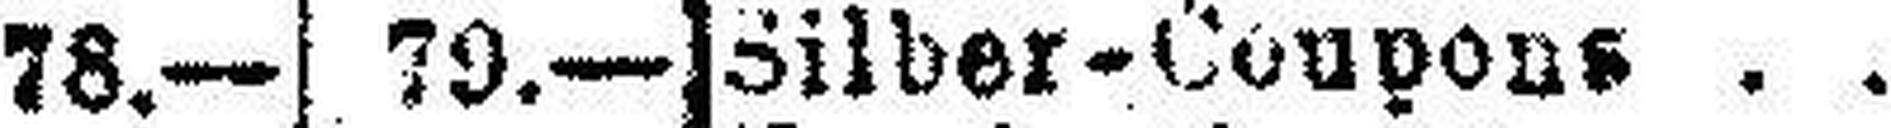
Silber-Coupons